Scottish Certificate of Education, 1963
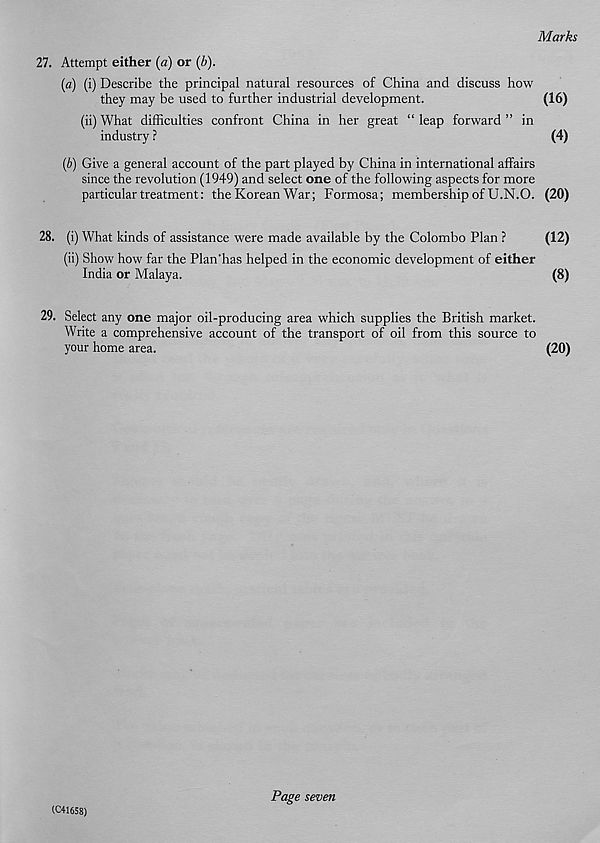
Marks
27. Attempt either (a) or (h).
(a) (i) Describe the principal natural resources of China and discuss how
they may be used to further industrial development.
(16)
(ii)What difficulties confront China in her great “leap forward” in
industry ?
(4)
(b) Give a general account of the part played by China in international affairs
since the revolution (1949) and select one of the following aspects for more
particular treatment: the Korean War; Formosa; membership of U.N.O. (20)
28. (i) What kinds of assistance were made available by the Colombo Plan ?
(12)
(ii) Show how far the Plan'has helped in the economic development of either
India or Malaya.
(8)
29. Select any one major oil-producing area which supplies the British market.
Write a comprehensive account of the transport of oil from this source to
your home area.
(20)
(C41658)
Page seven